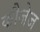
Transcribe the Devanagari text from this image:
कौजेज